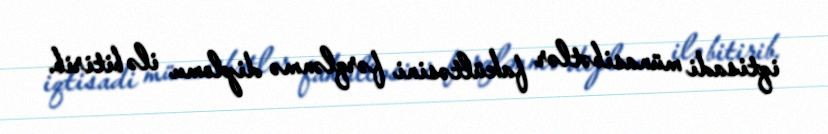
iqtisadi münasibətlər fakültəsini fərqlənmə diplomu ilə bitirib.